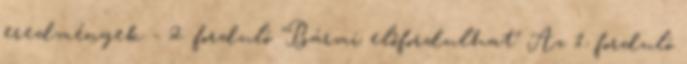
eredmények - 2. forduló "Bármi előfordulhat" Az 1. forduló